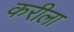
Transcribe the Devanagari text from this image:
करीला